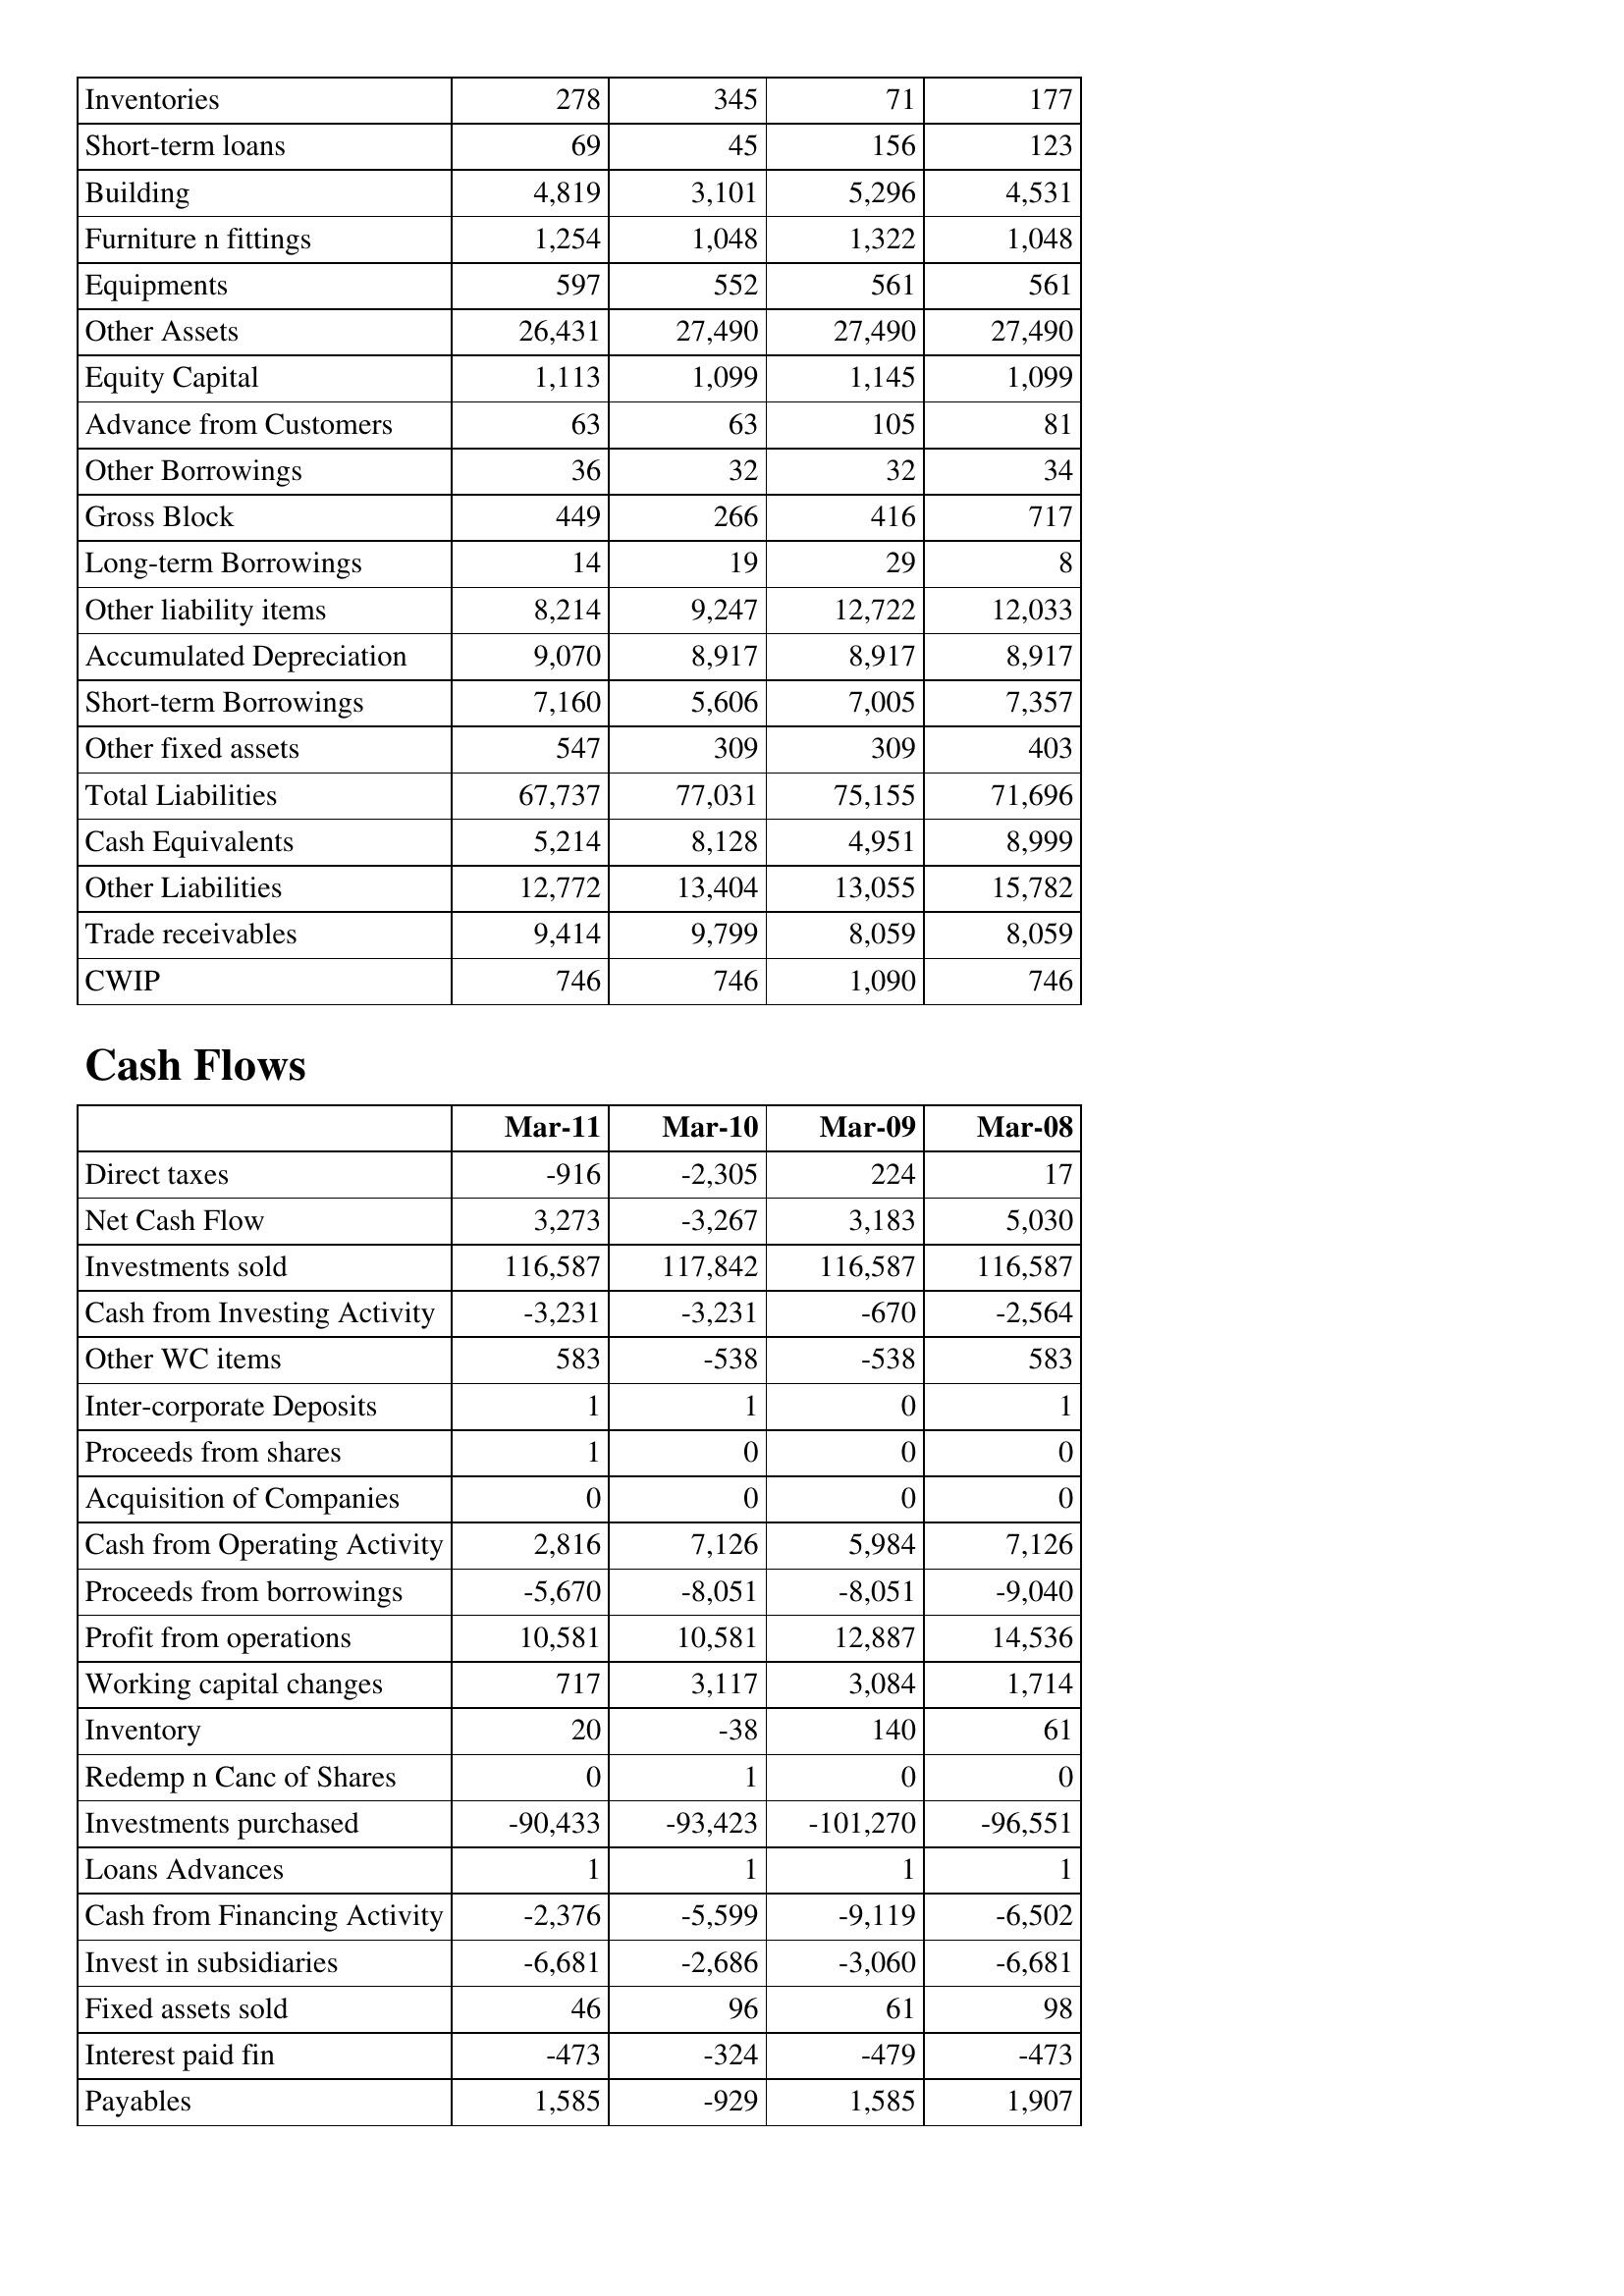
Mar-11: Balance Sheet: Inventories: 278
Short-term loans: 69
Building: 4,819
Furniture n fittings: 1,254
Equipments: 597
Other Assets: 26,431
Equity Capital: 1,113
Advance from Customers: 63
Other Borrowings: 36
Gross Block: 449
Long-term Borrowings: 14
Other liability items: 8,214
Accumulated Depreciation: 9,070
Short-term Borrowings: 7,160
Other fixed assets: 547
Total Liabilities: 67,737
Cash Equivalents: 5,214
Other Liabilities: 12,772
Trade receivables: 9,414
CWIP: 746
Cash Flows: Direct taxes: -916
Net Cash Flow: 3,273
Investments sold: 116,587
Cash from Investing Activity: -3,231
Other WC items: 583
Inter-corporate Deposits: 1
Proceeds from shares: 1
Acquisition of Companies: 0
Cash from Operating Activity: 2,816
Proceeds from borrowings: -5,670
Profit from operations: 10,581
Working capital changes: 717
Inventory: 20
Redemp n Canc of Shares: 0
Investments purchased: -90,433
Loans Advances: 1
Cash from Financing Activity: -2,376
Invest in subsidiaries: -6,681
Fixed assets sold: 46
Interest paid fin: -473
Payables: 1,585
Mar-10: Balance Sheet: Inventories: 345
Short-term loans: 45
Building: 3,101
Furniture n fittings: 1,048
Equipments: 552
Other Assets: 27,490
Equity Capital: 1,099
Advance from Customers: 63
Other Borrowings: 32
Gross Block: 266
Long-term Borrowings: 19
Other liability items: 9,247
Accumulated Depreciation: 8,917
Short-term Borrowings: 5,606
Other fixed assets: 309
Total Liabilities: 77,031
Cash Equivalents: 8,128
Other Liabilities: 13,404
Trade receivables: 9,799
CWIP: 746
Cash Flows: Direct taxes: -2,305
Net Cash Flow: -3,267
Investments sold: 117,842
Cash from Investing Activity: -3,231
Other WC items: -538
Inter-corporate Deposits: 1
Proceeds from shares: 0
Acquisition of Companies: 0
Cash from Operating Activity: 7,126
Proceeds from borrowings: -8,051
Profit from operations: 10,581
Working capital changes: 3,117
Inventory: -38
Redemp n Canc of Shares: 1
Investments purchased: -93,423
Loans Advances: 1
Cash from Financing Activity: -5,599
Invest in subsidiaries: -2,686
Fixed assets sold: 96
Interest paid fin: -324
Payables: -929
Mar-09: Balance Sheet: Inventories: 71
Short-term loans: 156
Building: 5,296
Furniture n fittings: 1,322
Equipments: 561
Other Assets: 27,490
Equity Capital: 1,145
Advance from Customers: 105
Other Borrowings: 32
Gross Block: 416
Long-term Borrowings: 29
Other liability items: 12,722
Accumulated Depreciation: 8,917
Short-term Borrowings: 7,005
Other fixed assets: 309
Total Liabilities: 75,155
Cash Equivalents: 4,951
Other Liabilities: 13,055
Trade receivables: 8,059
CWIP: 1,090
Cash Flows: Direct taxes: 224
Net Cash Flow: 3,183
Investments sold: 116,587
Cash from Investing Activity: -670
Other WC items: -538
Inter-corporate Deposits: 0
Proceeds from shares: 0
Acquisition of Companies: 0
Cash from Operating Activity: 5,984
Proceeds from borrowings: -8,051
Profit from operations: 12,887
Working capital changes: 3,084
Inventory: 140
Redemp n Canc of Shares: 0
Investments purchased: -101,270
Loans Advances: 1
Cash from Financing Activity: -9,119
Invest in subsidiaries: -3,060
Fixed assets sold: 61
Interest paid fin: -479
Payables: 1,585
Mar-08: Balance Sheet: Inventories: 177
Short-term loans: 123
Building: 4,531
Furniture n fittings: 1,048
Equipments: 561
Other Assets: 27,490
Equity Capital: 1,099
Advance from Customers: 81
Other Borrowings: 34
Gross Block: 717
Long-term Borrowings: 8
Other liability items: 12,033
Accumulated Depreciation: 8,917
Short-term Borrowings: 7,357
Other fixed assets: 403
Total Liabilities: 71,696
Cash Equivalents: 8,999
Other Liabilities: 15,782
Trade receivables: 8,059
CWIP: 746
Cash Flows: Direct taxes: 17
Net Cash Flow: 5,030
Investments sold: 116,587
Cash from Investing Activity: -2,564
Other WC items: 583
Inter-corporate Deposits: 1
Proceeds from shares: 0
Acquisition of Companies: 0
Cash from Operating Activity: 7,126
Proceeds from borrowings: -9,040
Profit from operations: 14,536
Working capital changes: 1,714
Inventory: 61
Redemp n Canc of Shares: 0
Investments purchased: -96,551
Loans Advances: 1
Cash from Financing Activity: -6,502
Invest in subsidiaries: -6,681
Fixed assets sold: 98
Interest paid fin: -473
Payables: 1,907